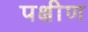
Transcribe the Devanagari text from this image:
पक्षीण